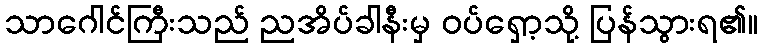
သာဂေါင်ကြီးသည် ညအိပ်ခါနီးမှ ဝပ်ရှော့သို့ ပြန်သွားရ၏။